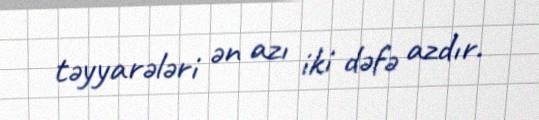
təyyarələri ən azı iki dəfə azdır.